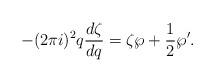
LaTeX: \begin{align*}-(2 \pi i)^2 q \frac{d \zeta}{dq} = \zeta \wp + \frac{1}{2} \wp'. \end{align*}